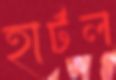
হার্টল